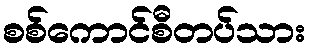
စစ်ကောင်စီတပ်သား